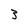
Character: 3